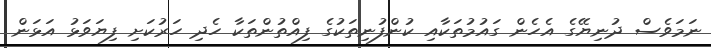
ނަމަވެސް ދުނިޔޭގެ އެހެން ގައުމުތަކާއި ކުންފުނިތަކުގެ ފިއްތުންތަކާ ހެދި ހަރުކަށި ފިޔަވަޅު އަޅަން